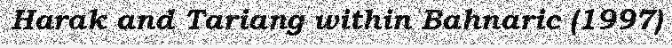
Harak and Tariang within Bahnaric (1997)